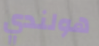
هولندي